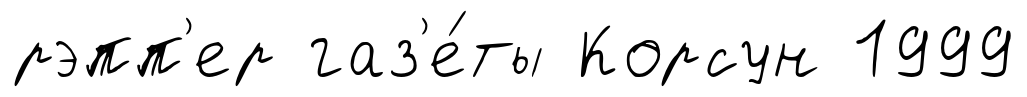
рэпп'ер газ'е́ты Корсун 1999